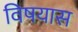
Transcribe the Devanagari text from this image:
विषयास